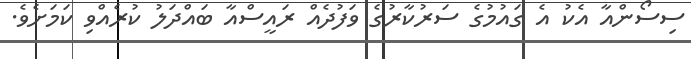
ސިސޯންއާ އެކު އެ ގައުމުގެ ސަރުކާރުގެ ވަފުދެއް ރައީސްއާ ބައްދަލު ކުރެއްވި ކަމަށެވެ.